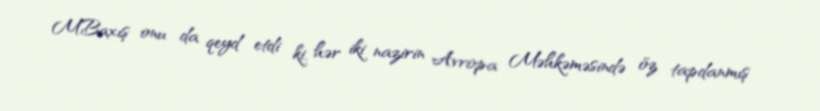
M.Baxış onu da qeyd etdi ki, hər iki nazirin Avropa Məhkəməsində öz tapdanmış